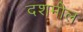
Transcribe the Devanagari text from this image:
दशमील